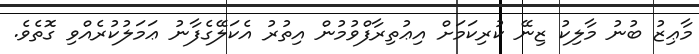
މާޢިޒު ބުނު މާލިކު ޒިނޭ ކުރިކަމަށް އިޢުތިރާފްވުމުން އިތުރު އެކަލޭގެފާނު ޢަމަލުކުރެއްވި ގޮތެވެ.